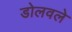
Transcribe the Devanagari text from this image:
डोलवले